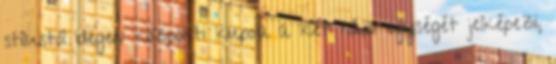
stílustól idegen központi kupola a két ház egységét jelképezi,